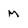
Character: M